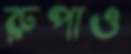
রুপাও